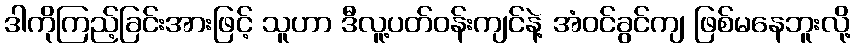
ဒါကိုကြည့်ခြင်းအားဖြင့် သူဟာ ဒီလူ့ပတ်ဝန်းကျင်နဲ့ အံဝင်ခွင်ကျ ဖြစ်မနေဘူးလို့